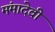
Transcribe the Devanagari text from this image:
मंमादेवी